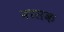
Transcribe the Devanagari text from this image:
वरसक